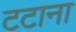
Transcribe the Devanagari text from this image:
टटाना